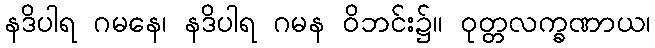
နဒိပါရ ဂမနေ၊ နဒိပါရ ဂမန ဝိဘင်း၌။ ဝုတ္တလက္ခဏာယ၊